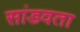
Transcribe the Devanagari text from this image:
सांडवता